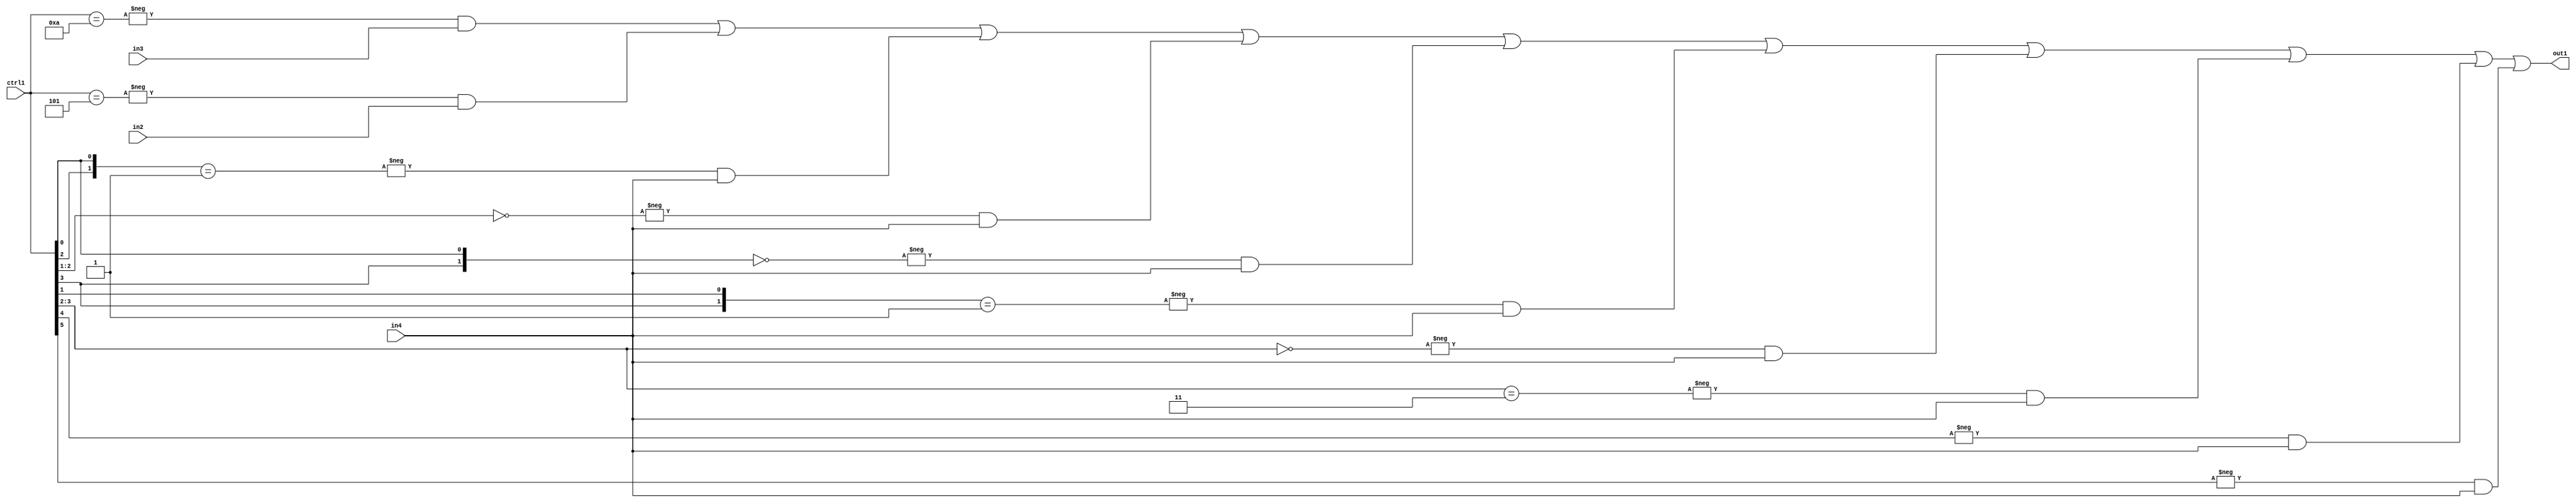
`timescale 1ps / 1ps
/*****************************************************************************
    Verilog RTL Description
    
    
    Created by: Stratus DpOpt 21.05.01 
*******************************************************************************/

module SobelFilter_N_Mux_32_3_68_4 (
	in4,
	in3,
	in2,
	ctrl1,
	out1
	); /* architecture "behavioural" */ 
input [31:0] in4;
input [8:0] in3,
	in2;
input [5:0] ctrl1;
output [31:0] out1;
wire [31:0] asc001;

assign asc001 = 
	-{ctrl1 == 6'B001010} & in3 |
	-{ctrl1 == 6'B000101} & in2 |
	-{{ctrl1[2], ctrl1[0]} == 2'B01} & in4 |
	-{ctrl1[2:1] == 2'B00} & in4 |
	-{{ctrl1[3], ctrl1[0]} == 2'B00} & in4 |
	-{{ctrl1[3], ctrl1[1]} == 2'B01} & in4 |
	-{ctrl1[3:2] == 2'B00} & in4 |
	-{ctrl1[3:2] == 2'B11} & in4 |
	-{ctrl1[4] == 1'B1} & in4 |
	-{ctrl1[5] == 1'B1} & in4 ;

assign out1 = asc001;
endmodule

/* CADENCE  vrj0TQ4= : u9/ySxbfrwZIxEzHVQQV8Q== ** DO NOT EDIT THIS LINE ******/